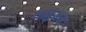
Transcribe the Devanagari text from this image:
थानुराम